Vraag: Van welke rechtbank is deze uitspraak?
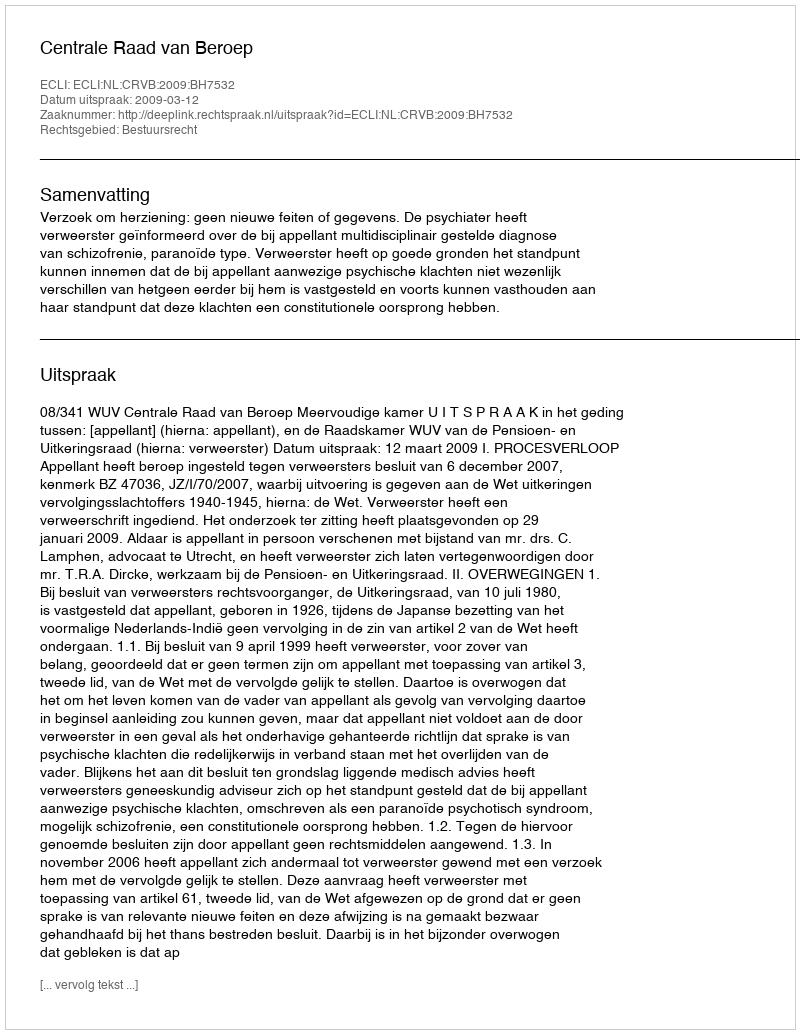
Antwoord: Centrale Raad van Beroep